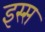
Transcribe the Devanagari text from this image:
इस्स